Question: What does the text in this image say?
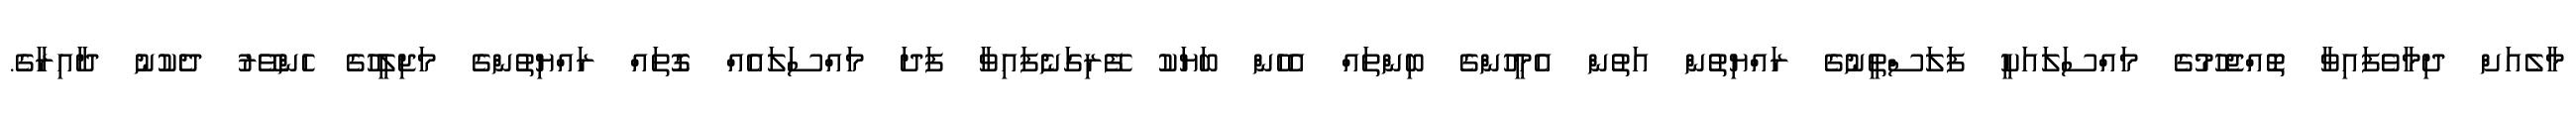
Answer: މާލެއަށް ދިމާވެފައިވާ ތޮއްޖެހުމުގެ މައްސަލައަކީ ފަލަސްތީނުގެ ރައްޔިތުން އަތުން އެމީހުންގެ ބިންތައް އެހެން ބަޔަކު ފޭރިގަނެފައިވާ ފަދަ މައްސަަލައެއް ގޮތައް ރައްޔިތުންގެ މަޖިލީހުގެ ހެންވޭރު ދެކުނު ދާއިރާގެ.